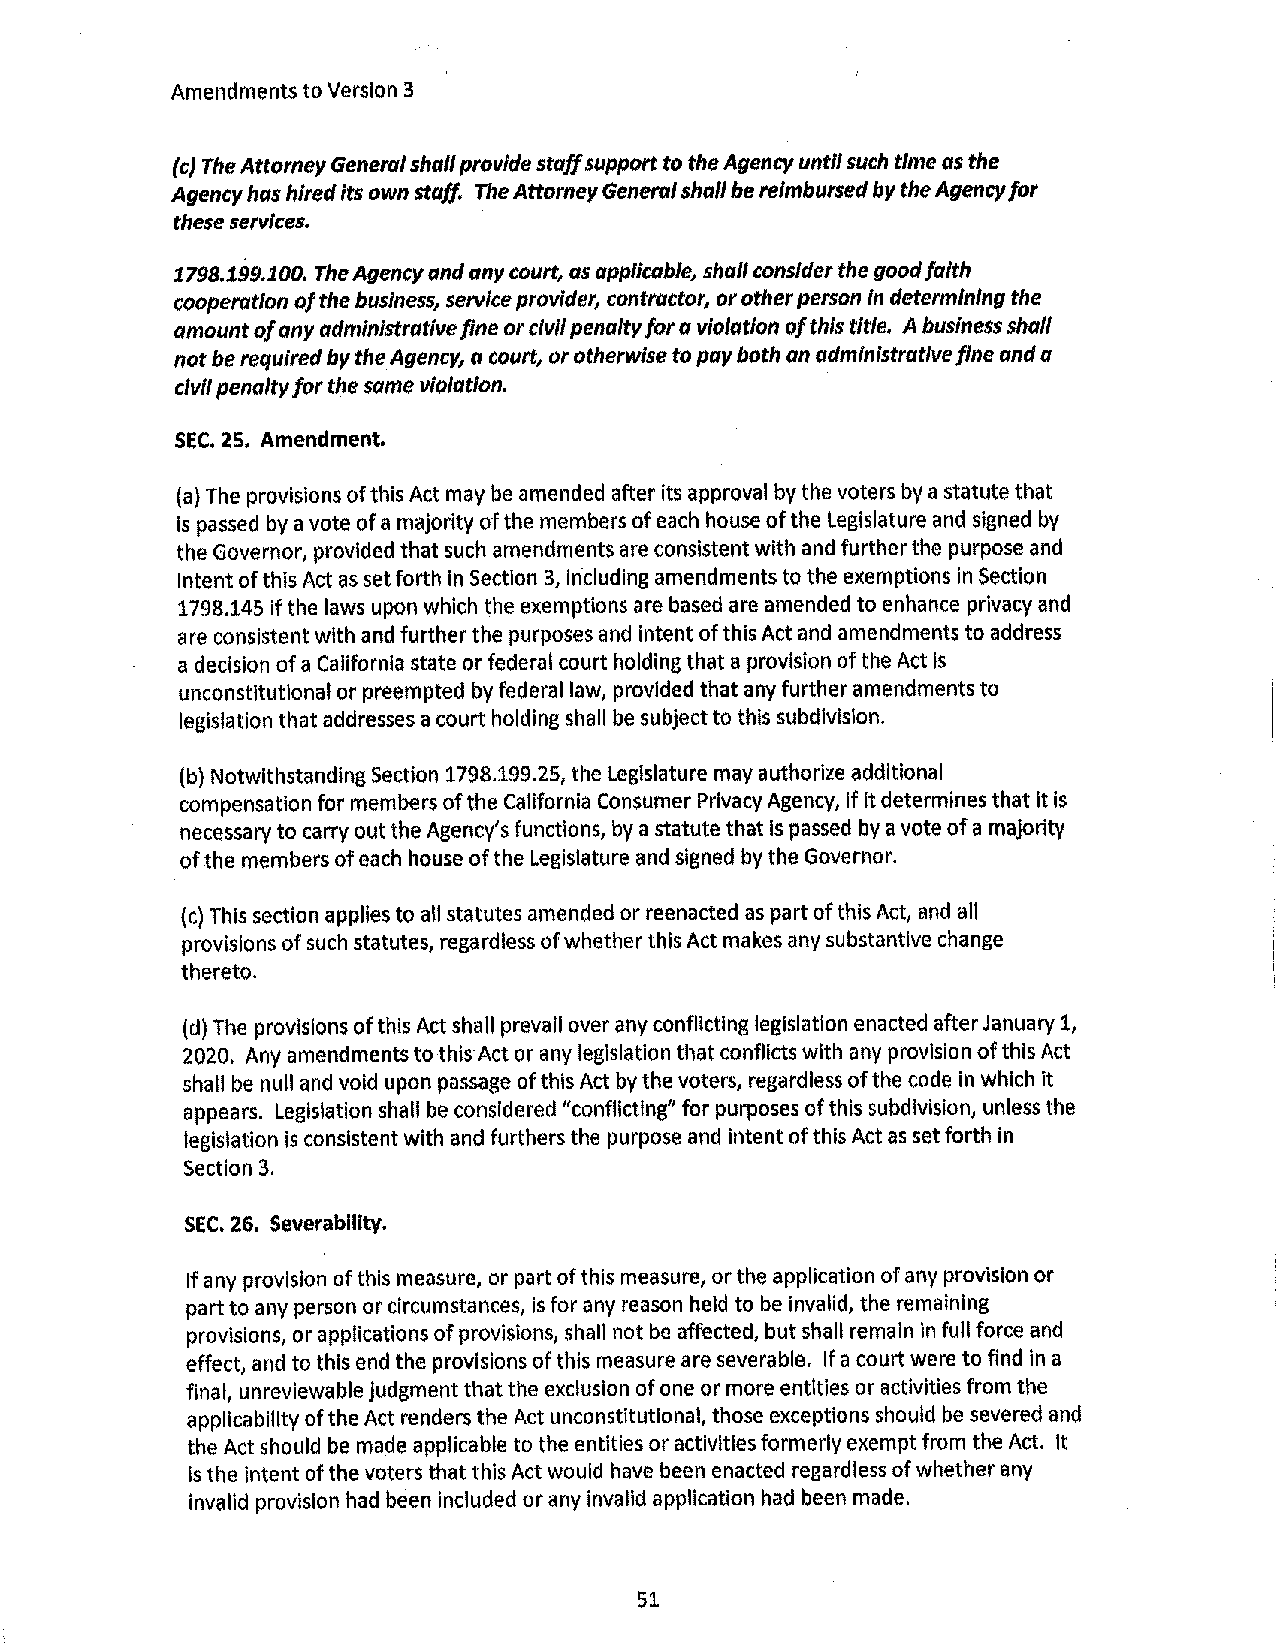
Amendments to Version 3
 (c} The Attorney Generol shall provide staff support to the Agency until such time as the
 Agency has hired its own staff. The Attorney General shall be reimbursed by the Agency for
 these services.
 1798.199.100. The Agency and any court, as applicable, shall consider the good faith
 cooperation of the business, service provider, contractor, or other person In determining the
 amount of any administrative fine or civil penalty for a violation of this title. A business shall
 not be required by the Agency, a court, or otherwise to pay both an administrative fine and a
 civil penalty for the same violation.
 SEC. 25. Amendment.
 (a) The provisions of this Act may be amended after its approval by the voters by a statute that
 Is passed by a vote of a majority of the members of each house of the Legislature and signed by
 the Governor, provided that such amendments are consistent with and further the purpose and
 intent of this Act as set forth in Section 3, including amendments to the exemptions in Section
 1798.145 if the laws upon which the exemptions are based are amended to enhance privacy and
 are consistent with and further the purposes and intent of this Act and amendments to address
 a decision of a California state or federal court holding that a provision of the Act Is
 unconstitutional or preempted by federal law, provided that any further amendments to
 legislation that addresses a court holding shall be subject to this subdivision.
 (b) Notwithstanding Section 1798.199.25, the Legislature may authorize additional
 compensation for members of the California Consumer Privacy Agency, If It determines that It is
 necessary to carry out the Agency's functions, by a statute that is passed by a vote of a majority
 of the members of each house of the Legislature and signed by the Governor.
 (c) This section applies to all statutes amended or reenacted as part ofthis Act, and all
 provisions of such statutes, regardless of whether this Act makes any substantive change
 thereto.
 (d) The provisions of this Act shall prevail over any conflicting legislation enacted after January 1,
 2020. Any amendments to this Act or any legislation that conflicts with any provision of this Act
 shall be null and void upon passage of this Act by the voters, regardless of the code in which it
 appears. Legislation shall be considered "conflicting" for purposes of this subdivision, unless the
 legislation is consistent with and furthers the purpose and intent of this Act as set forth in
 Section 3.
 SEC, 26. Severablllty.
 If any provision of this measure, or part of this measure, or the application of any provision or
 part to any person or circumstances, Is for any reason held to be invalid, the remaining
 provisions, or applications of provisions, shall not be affected, but shall remain in full force and
 effect, and to this end the provisions of this measure are severable. If a court were to find in a
 final, unreviewable Judgment that the exclusion of one or more entities or activities from the
 applicability of the Act renders the Act unconstitutional, those exceptions should be severed and
 the Act should be made applicable to the entities or activities formerly exempt from the Act. It
 Is the intent of the voters that this Act would have been enacted regardless of whether any
 invalid provision had been included or any invalid application had been made.
 51